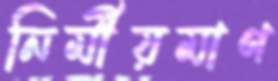
নির্মীয়মাণ